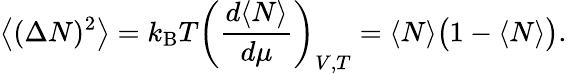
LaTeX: {\big\langle}(\Delta N)^{2}{\big\rangle}=k_{\mathrm{{B}}}T\left({\frac{d\langle N\rangle}{d\mu}}\right)_{V,T}=\langle N\rangle{\big(}1-\langle N\rangle{\big)}.